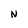
Character: N